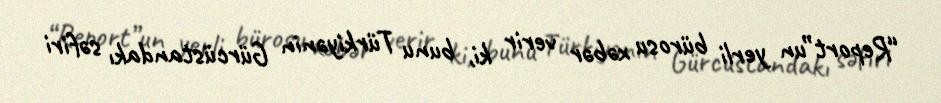
“Report”un yerli bürosu xəbər verir ki, bunu Türkiyənin Gürcüstandakı səfiri